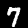
Digit: 7